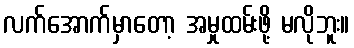
လက်အောက်မှာတော့ အမှုထမ်းဖို့ မလိုဘူး။